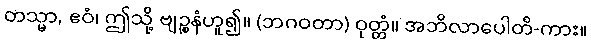
တသ္မာ, ဧဝံ၊ ဤသို့ ဗျဉ္စနံဟူ၍။ (ဘဂဝတာ) ဝုတ္တံ။ အဘိလာပေါတိ-ကား။